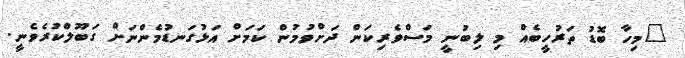
"މިހާ ބޮޑު ތަރުހީބެއް މި ލިބުނީ މަސްވެރިކަން ދަށްވުމުން ކަމަށް އަޅުގަނޑުމެންނަށް ގަބޫލްކުރެވެނީ.